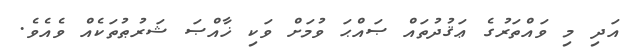
އަދި މި ވައްތަރުގެ ޢަޤުދުތައް ޞައްޙަ ވުމަށް ވަކި ޚާއްޞަ ޝަރުޠުތަކެއް ވެއެވެ.